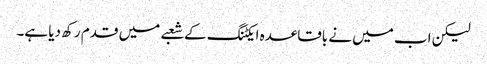
لیکن اب میں نے باقاعدہ ایکٹنگ کے شعبے میں قدم رکھ دیا ہے۔